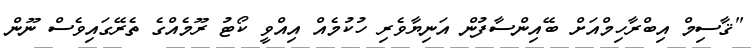
"ޤާސިމް އިބްރާހިމްއަށް ބޭއިންސާފުން އަނިޔާވެރި ހުކުމެއް އިއްވީ ކޯޓު ރޫމެއްގެ ތެރޭގައިވެސް ނޫން